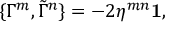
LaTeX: \{ \Gamma ^ { m } , \tilde { \Gamma } ^ { n } \} = - 2 \eta ^ { m n } { \bf 1 } ,